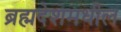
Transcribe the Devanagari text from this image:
ब्रह्मदेशमधील